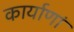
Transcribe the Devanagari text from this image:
कार्याणां